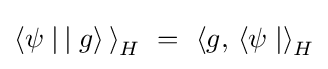
\left\langle \psi \mid \,\mid g\rangle \,\right\rangle _{H}~=~\left\langle g,\,\langle \psi \mid \right\rangle _{H}